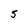
Character: 5